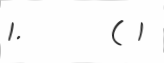
1.       ( 1